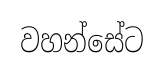
වහන්සේට